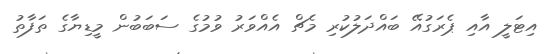
އިޓަލީ އާއި ޕެރަގުއޭ ބައްދަލުކުރި މެޗް އެއްވަރު ވުމުގެ ސަބަބުން މީޑިޔާގެ ތަފާތު